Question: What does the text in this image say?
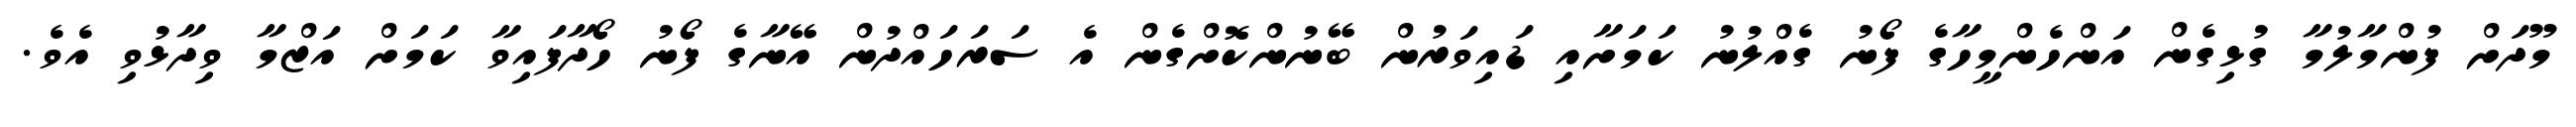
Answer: މޫދަށް ފުންމާލުމާ ގުޅިގެން އަންހެންމީހާގެ ފޯނު ގެއްލުނު ކަމަށާއި ޑައިވަރުން ބޭނުންކޮށްގެން އެ ސަރަހައްދުން އޭނާގެ ފޯނު ހޯދާފައިވާ ކަމަށް އަޒްމާ ވިދާޅުވި އެވެ.